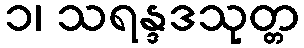
၁၊ သရန္ဒဒသုတ္တ